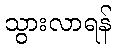
သွားလာရန်